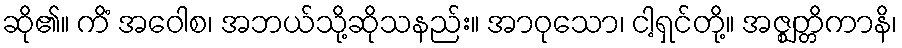
ဆို၏။ ကိံ အဝေါစ၊ အဘယ်သို့ဆိုသနည်း။ အာဝုသော၊ ငါ့ရှင်တို့။ အဇ္ဈတ္တိကာနိ၊